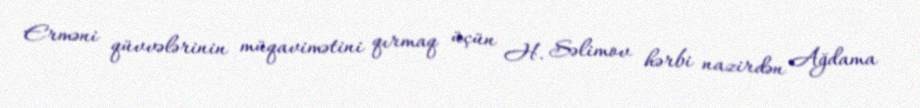
Erməni qüvvələrinin müqavimətini qırmaq üçün H. Səlimov hərbi nazirdən Ağdama